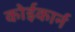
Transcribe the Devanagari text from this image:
कोईकार्न